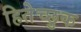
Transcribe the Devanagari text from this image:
हितेच्छुक